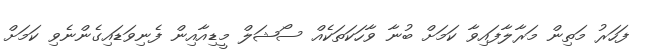
ފަހަރު މަތިން މަރާލާފައިވާ ކަމަށް ބުނާ ވާހަކަތަކެއް ސޯޝަލް މީޑިއާއިން ފެނިވަޑައިގެންނެވި ކަމަށް